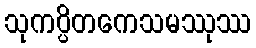
သုကပ္ပိတကေသမဿုဿ